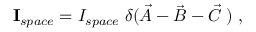
{ \bf I } _ { s p a c e } = I _ { s p a c e } \; \delta ( \vec { A } - \vec { B } - \vec { C } \; ) \ ,